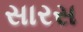
સારસ